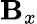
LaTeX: \mathbf{B}_{x}